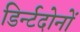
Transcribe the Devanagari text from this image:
डिर्न्टदोनों